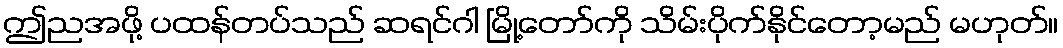
ဤညအဖို့ ပထန်တပ်သည် ဆရင်ဂါ မြို့တော်ကို သိမ်းပိုက်နိုင်တော့မည် မဟုတ်။